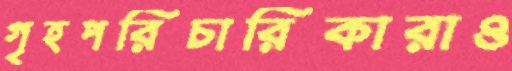
গৃহপরিচারিকারাও